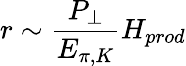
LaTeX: r\sim\frac{P_{\perp}}{E_{\pi,K}}H_{prod}